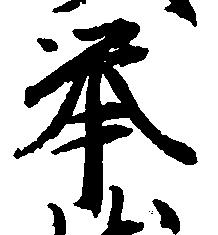
挙